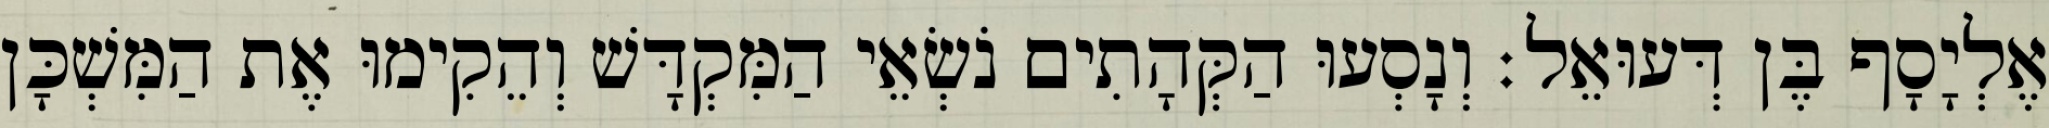
אֶלְיָסָף בֶּן דְּעוּאֵל׃ וְנָסְעוּ הַקְּהָתִים נֹשְׂאֵי הַמִּקְדָּשׁ וְהֵקִימוּ אֶת הַמִּשְׁכָּן